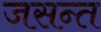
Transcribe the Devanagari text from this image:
जसन्त